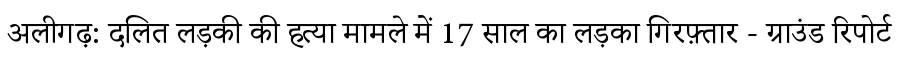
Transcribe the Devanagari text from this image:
अलीगढ़: दलित लड़की की हत्या मामले में 17 साल का लड़का गिरफ़्तार - ग्राउंड रिपोर्ट